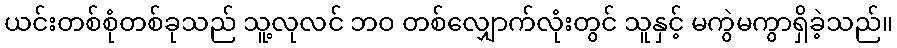
ယင်းတစ်စုံတစ်ခုသည် သူ့လုလင် ဘဝ တစ်လျှောက်လုံးတွင် သူနှင့် မကွဲမကွာရှိခဲ့သည်။